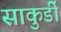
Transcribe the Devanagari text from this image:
साकुर्डी